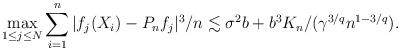
LaTeX: \begin{align*}\max_{1\leq j\leq N}\sum_{i=1}^n |f_j(X_i) - P_n f_j|^3/n \lesssim \sigma^2 b+b^3 K_n/(\gamma^{3/q} n^{1-3/q}).\end{align*}